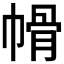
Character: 𭘱